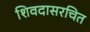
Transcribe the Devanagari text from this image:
शिवदासरचित